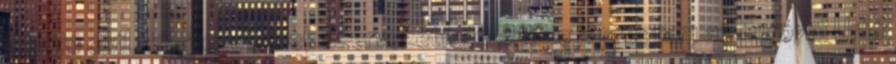
megye civil szervezeteinek szervezetfejlesztése A program az Európai Unió